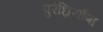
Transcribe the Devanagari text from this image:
पुरंध्रिर्योषा